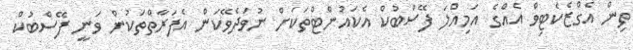
ތިން އެގްޒެކެޓިވް އެއްގެ އަމިއްލަ ފޭސްބުކް އެކައުންޓްތަކަށް ނުވަދެވޭކަން އެފަރާތްތަކުން ވަނީ ފޭސްބުކް